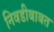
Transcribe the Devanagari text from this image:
निवडीबाबत